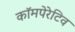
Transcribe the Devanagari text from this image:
कॉमपेरेटिव